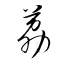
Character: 茘